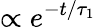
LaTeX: \propto e^{-t/\tau_{1}}